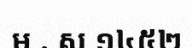
ម . ស ១៤៥២